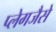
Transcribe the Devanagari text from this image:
प्लेगजैसे